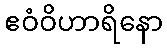
ဧဝံဝိဟာရိနော